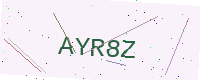
Text: AYR8Z